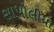
સાપોલીયા